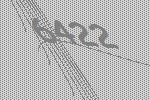
6422